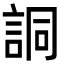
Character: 詷